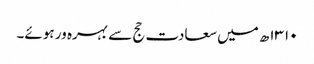
۱۳۱۰ھ میں سعادت حج سے بہرہ ور ہوئے۔